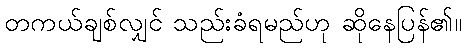
တကယ်ချစ်လျှင် သည်းခံရမည်ဟု ဆိုနေပြန်၏။